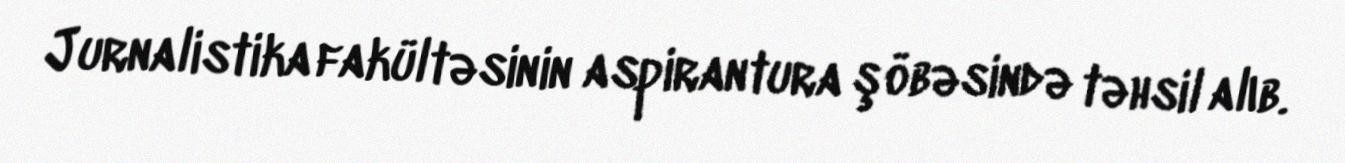
Jurnalistika fakültəsinin aspirantura şöbəsində təhsil alıb.